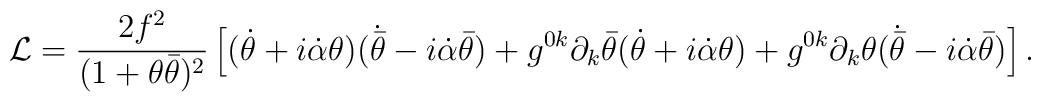
{\cal L} = \frac{2 f^2}{(1+\theta\bar{\theta})^2}	\left[ (\dot{\theta}+i\dot{\alpha}\theta)	(\dot{\bar{\theta}}-i\dot{\alpha}\bar{\theta})+g^{0k}	\partial_k\bar{\theta}(\dot{\theta}+i\dot{\alpha}\theta) +	g^{0k}\partial_k\theta(\dot{\bar{\theta}} -	i\dot{\alpha}\bar{\theta}) \right].